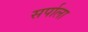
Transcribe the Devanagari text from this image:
सर्पाला